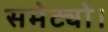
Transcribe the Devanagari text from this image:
समेट्यो।